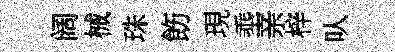
阔械珠飭現埀亲梓㕥